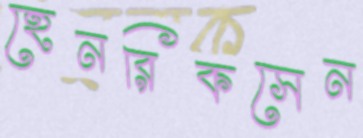
হেনরিকসেন